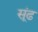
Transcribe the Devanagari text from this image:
सूंढ